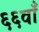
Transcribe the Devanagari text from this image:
६६वाँ